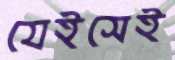
যেইসেই